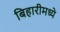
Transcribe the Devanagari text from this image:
बिहारीमध्ये